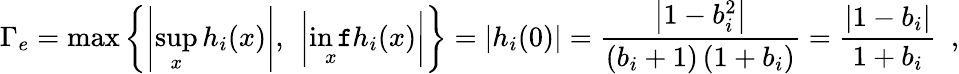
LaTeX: \Gamma_{e}=\operatorname*{max}\left\{ \left|\operatorname*{sup}_{x}h_{i}(x)\right|,\ \left|\operatorname*{in\mathtt{f}}_{x}h_{i}(x)\right|\right\} =|h_{i}(0)|=\frac{{\left|1-b_{i}^{2}\right|}}{{\left(b_{i}+1\right)\left(1+b_{i}\right)}}=\frac{{\left|1-b_{i}\right|}}{{1+b_{i}}}\enspace,